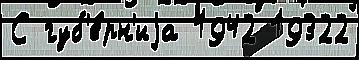
С губ'е́рн'иjа 1942 19322